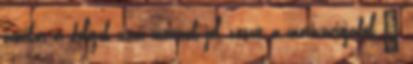
amikor a dolgok nem mennek jól, veszít a motivációjából.”